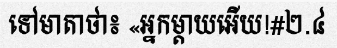
ទៅមាតាថា៖ «អ្នកម្តាយអើយ!#២.៤